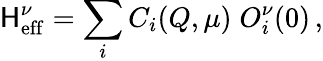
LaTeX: \mathsf{H}_{\mathrm{{eff}}}^{\nu}=\sum_{i}C_{i}(Q,\mu)\; O_{i}^{\nu}(0)\, ,